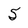
Character: 5